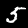
Label: 5